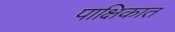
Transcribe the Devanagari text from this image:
पाक्षिकात